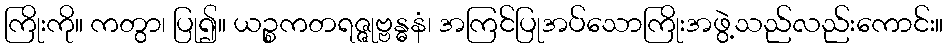
ကြိုးကို။ ကတွာ၊ ပြု၍။ ယဉ္စကတရဇ္ဇုဗ္ဗန္ဓနံ၊ အကြင်ပြုအပ်သောကြိုးအဖွဲ့သည်လည်းကောင်း။